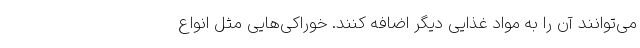
می‌توانند آن را به مواد غذایی دیگر اضافه کنند. خوراکی‌هایی مثل انواع